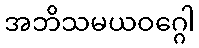
အဘိသမယဝဂ္ဂေါ